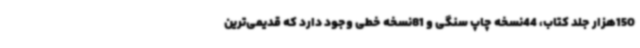
150هزار جلد کتاب، 44نسخه چاپ سنگی و 81نسخه خطی وجود دارد که قدیمی‌ترین